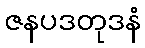
ဇနပဒတုဒနံ